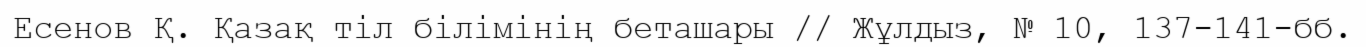
Есенов Қ. Қазақ тіл білімінің беташары // Жұлдыз, № 10, 137-141-бб.